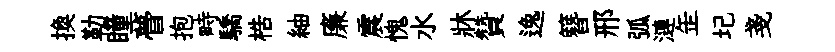
換勒瞳瞢抱畤驕梏紬廉震愧水牀贊逸簪邢弧漣𦈢圮戔